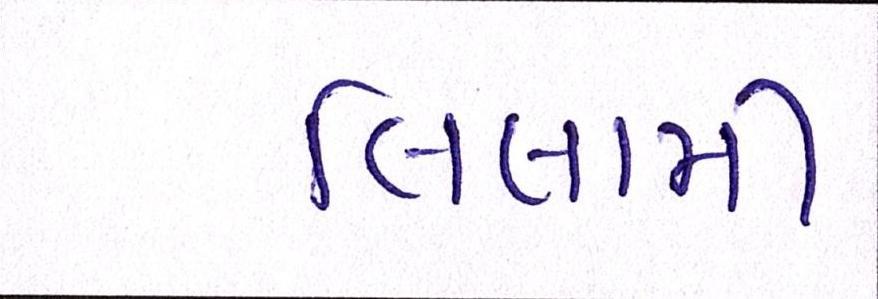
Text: લિલામી